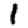
Digit: 1